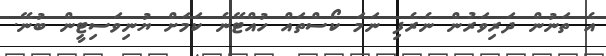
އެ ތަނުން ދަރިވަރުން ނެރެފި ނަމަ ކޯސްތައް ހުއްޓޭނެ ކަމަށް ޔުނިވަސިޓީން ބުނޭ.